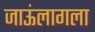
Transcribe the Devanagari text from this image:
जाऊंलागला